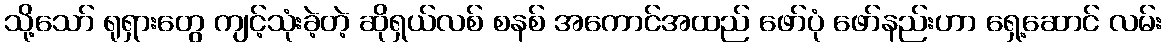
သို့သော် ရုရှားတွေ ကျင့်သုံးခဲ့တဲ့ ဆိုရှယ်လစ် စနစ် အကောင်အထည် ဖော်ပုံ ဖော်နည်းဟာ ရှေ့ဆောင် လမ်း